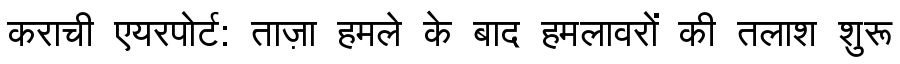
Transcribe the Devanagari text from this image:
कराची एयरपोर्ट: ताज़ा हमले के बाद हमलावरों की तलाश शुरू